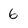
Character: 6